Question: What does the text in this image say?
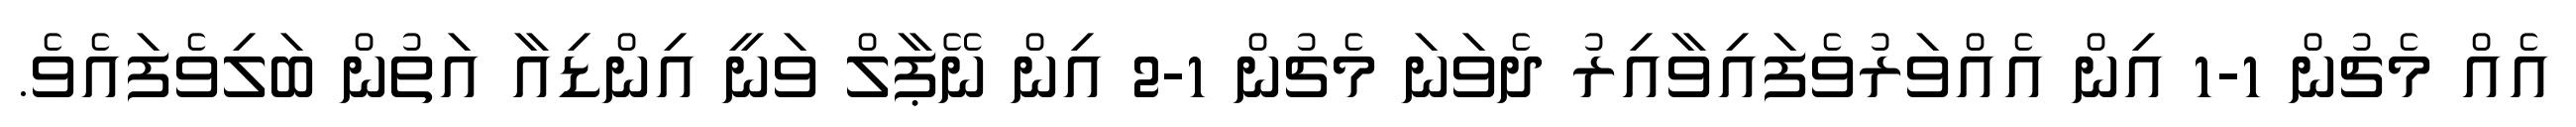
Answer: އެއް މެޗުން 1-1 އިން އެއްވަރުވެފައިވާއިރު ދެވަނަ މެޗުން 1-2 އިން ނޭޕާލް ވަނީ އިންޑިއާ އަތުން ބަލިވެފައެވެ.